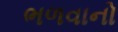
ભળવાનો